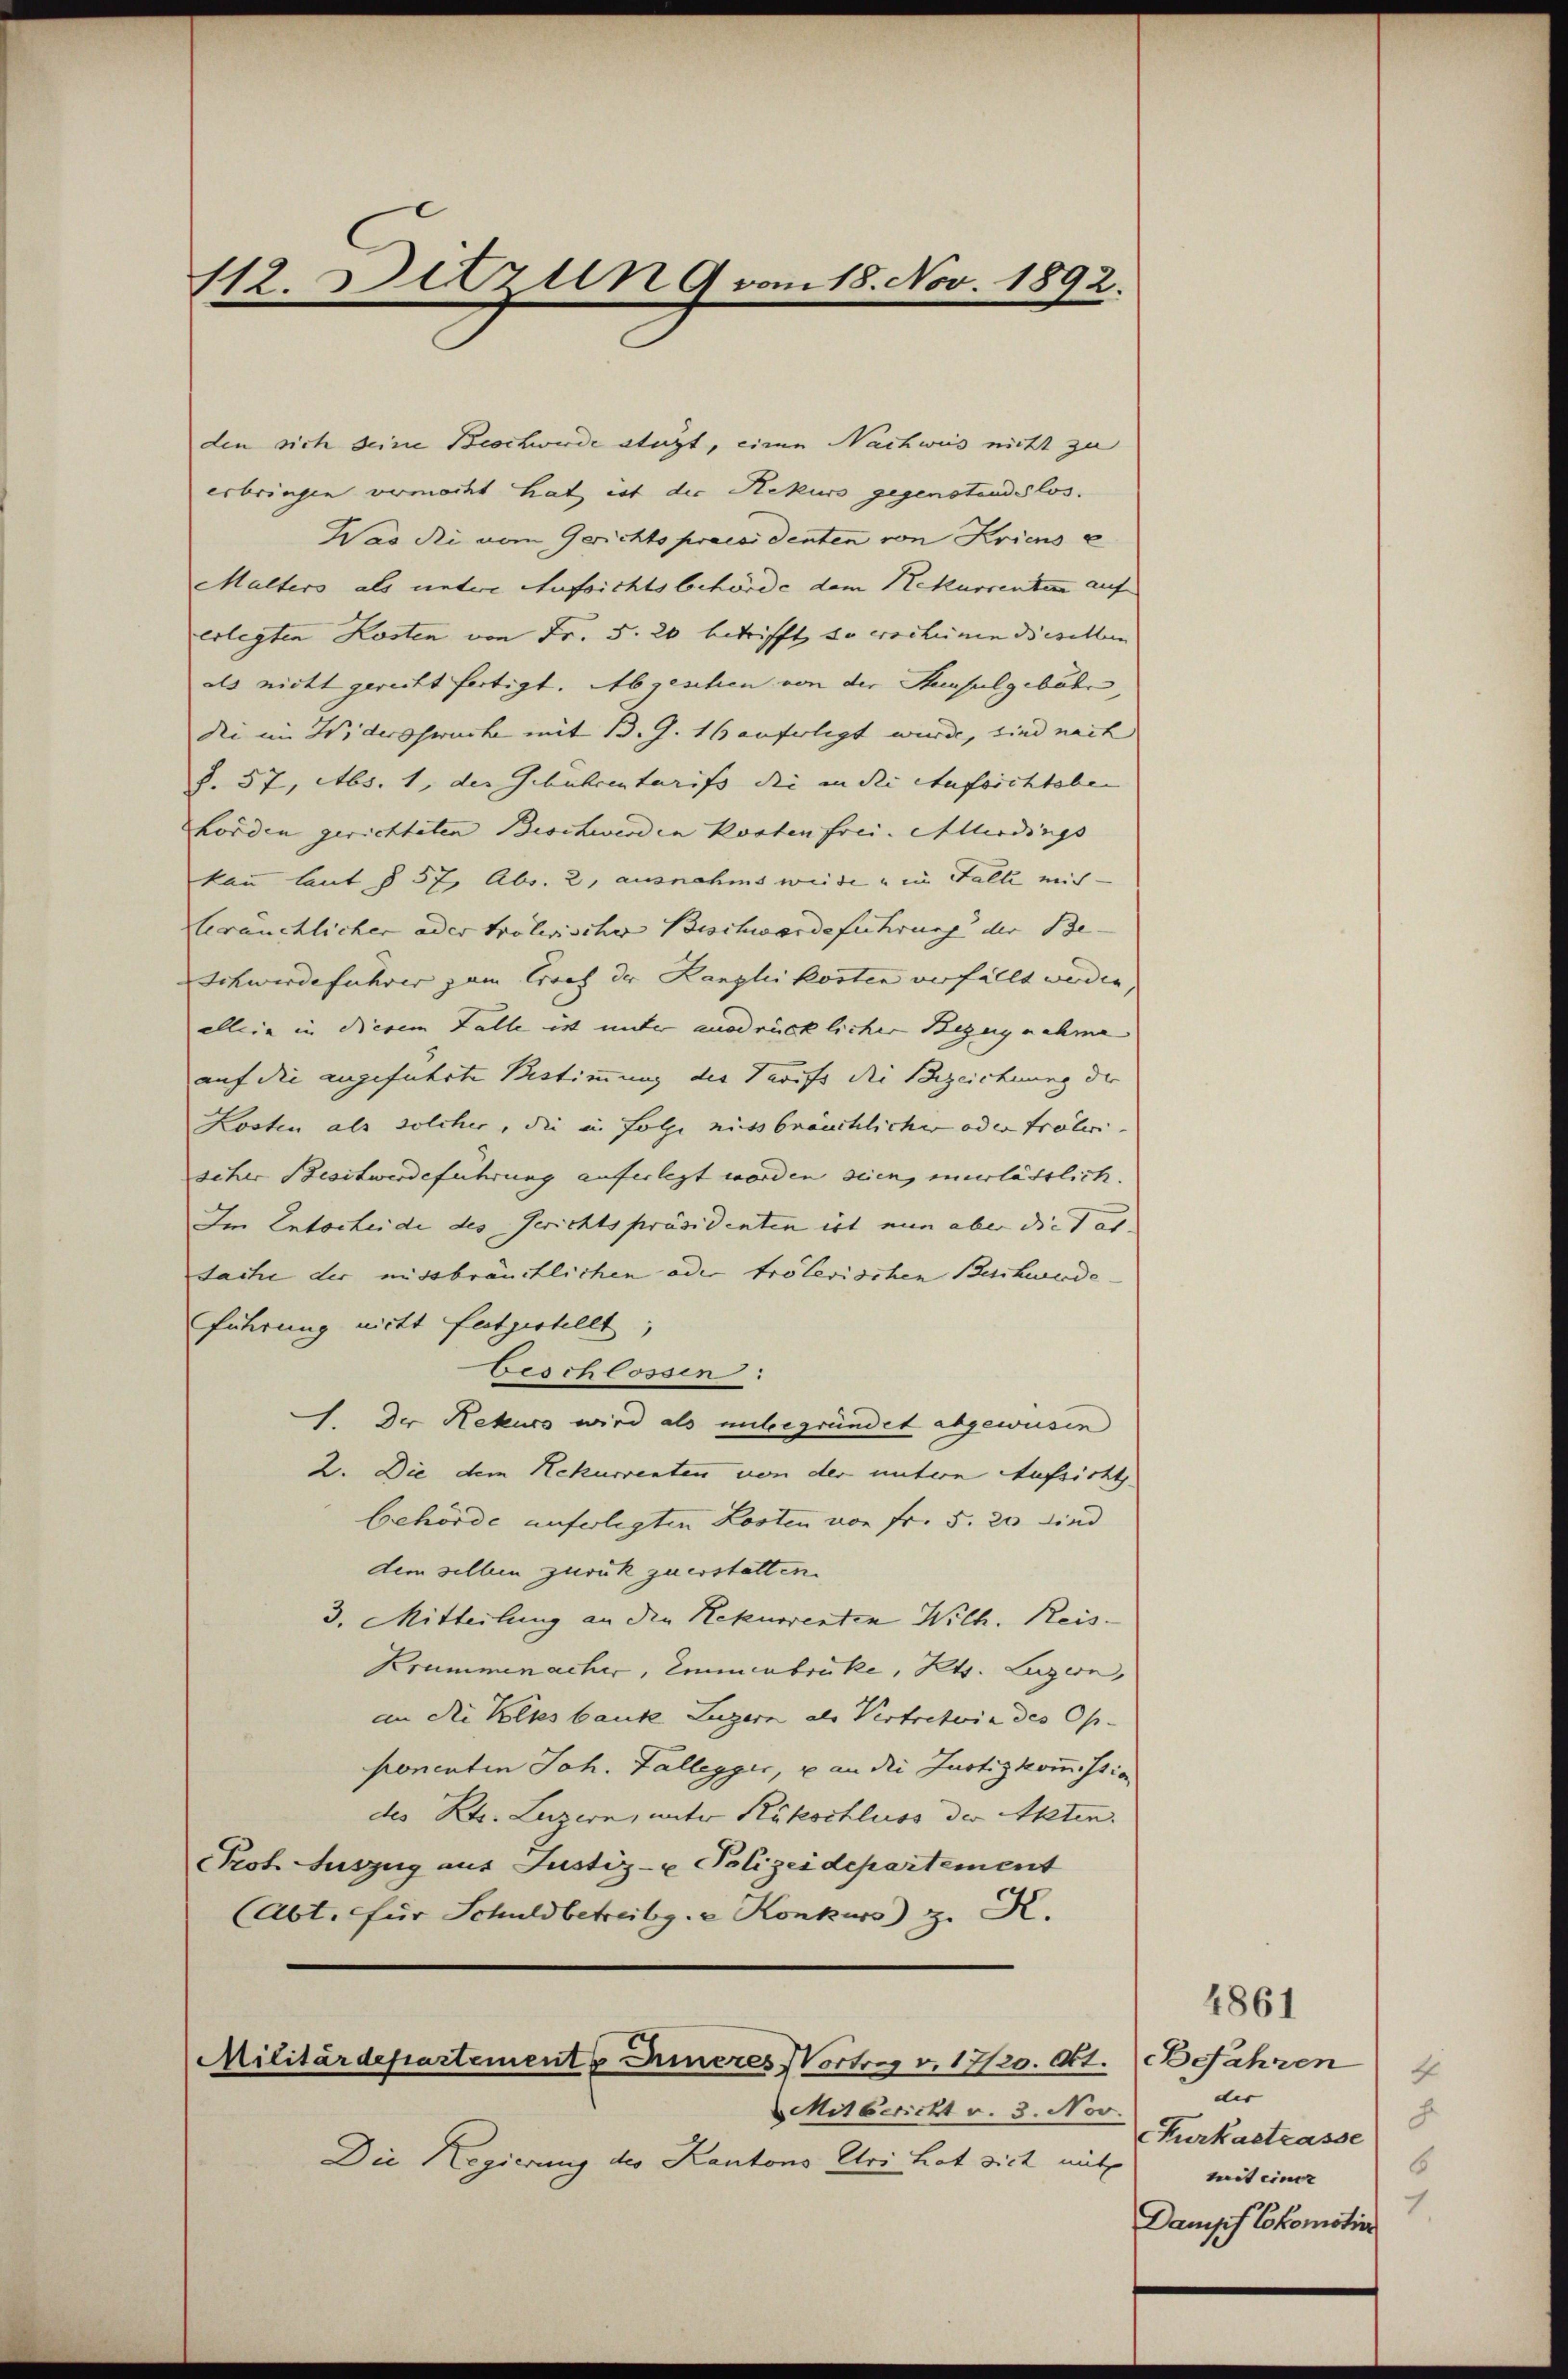
112. Sitzun 9 vom 18. Nov. 1892.

den sich seine Beschwerde stüzt, eine Nachwus nicht zu
erbringen vermocht hat, ist die Rekurs gegenstandslos.
Was di von Gerichtspraesidenten von Kricus e
Malters als untere Aufsichtsbehörde dem Rekurrenten auf
erlegten Kosten von Fr. 5. 20 betrifft, so erscheinen dieselben
als nicht gerecht fertigt. Abgeschen von der Hausulgebühr,
Die im Widerspruch mit B. G. 16 anfertigt wurde, sind nach
§. 57, Abs. 1, der Gebührentarifs die in die Aufsichtoben
Lorden gerichteten Beschwerden Kosten frei. Allerdings |
kau laut § 57, Abs. 2, ausnahms weide u in Falle mich
bräuchlicher oder trolerischer Beschwerdeführung der Be- |
Schwerdeführer zum Brach der Kanzli kosten verfällt werden,
ellein in diesem Falle ist unter ausdrücklicher Bezugnahme
auf die angeführte Bestimmung der Tarifs die Bezeichnung der
Kosten als solcher, die in Folge nicht bräuchlicher oder treteri
seher Besitwerdeführung auferlegt worden seien, verlässlich.
Im Entscheide des Gerichtspräsidenten ist nun aber die dat.
Sache der missbräuchlichen oder trölerischen Beschwerde
führung nicht festgestellt;
Geschlossen:
1. Der Rekurs wird als unbegründet abgewesen
2. Die dem Rekurrenten von der untern Aufsicht
behörde unferlegten Losten von fr. 5. 20 sind
dem selben zurück zuerstatten.
3. Mitteilung an die Rekurrenten Wilh. Reis-
Krummenacher, Emmenbrücke, Kts. Luzern,
an die Klusbaute Luzern als Vertretwie des Op
ponenten Joh. Fallegger, u an die Justizkommission
des Kts. Luzern, unter Rükschluss der Akten.
Prot. Auszug aus Justiz- u Polizeidepartement
(Abt. für Schuldbetreibg. Konkurs z. K.

Die Regierung des Kantons Uri hat sich mit

Militärdepartements Inneres Vortrag v. 1720. Okt. Jahren
Mitbericht v. 3. Nov.

4861
4
dis
J
CKurkastrasse
mit einer
1.
Dampf Cokomotive